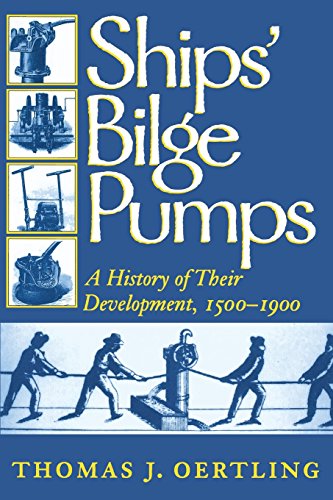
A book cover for Ships' Bilge Pumps: A History of Their Development, 1500-1900 (Studies in Nautical Archaeology); Thomas J. Oertling; Engineering & Transportation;